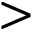
>